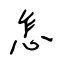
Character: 怎